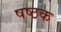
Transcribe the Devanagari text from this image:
षष्ठक